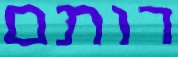
רותם